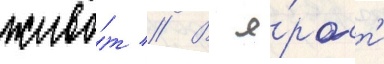
живо́т // В я́рост'и